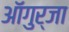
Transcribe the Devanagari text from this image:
ऑगुर्जा